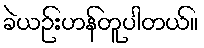
ခဲယဉ်းဟန်တူပါတယ်။